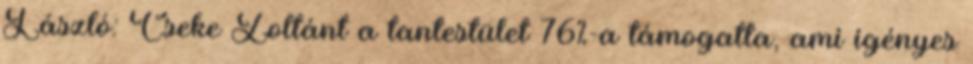
László: Cseke Zoltánt a tantestület 76%-a támogatta, ami igényes